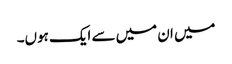
میں ان میں سے ایک ہوں۔